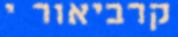
קרביאור י